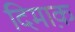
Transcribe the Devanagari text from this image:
दिमाक़